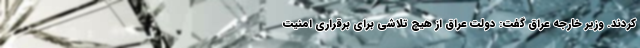
کردند. وزیر خارجه عراق گفت: دولت عراق از هیچ تلاشی برای برقراری امنیت